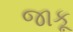
જાકૂ